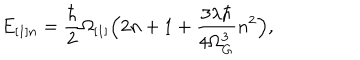
E _ { [ 1 ] n } = \frac { \hbar } { 2 } \Omega _ { [ 1 ] } \Bigl ( 2 n + 1 + \frac { 3 \lambda \hbar } { 4 \Omega _ { G } ^ { 3 } } n ^ { 2 } \Bigr ) ,